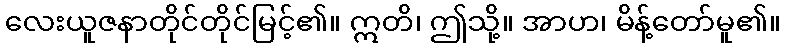
လေးယူဇနာတိုင်တိုင်မြင့်၏။ ဣတိ၊ ဤသို့။ အာဟ၊ မိန့်တော်မူ၏။